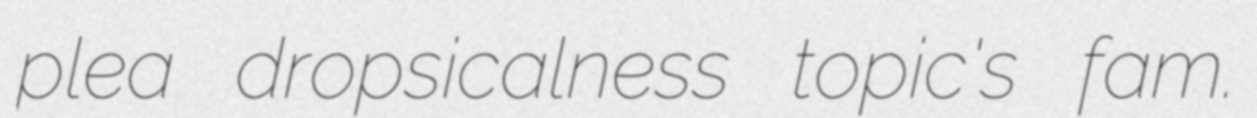
plea dropsicalness topic's fam.